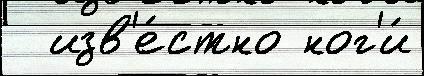
  изв'е́стно ног'и́